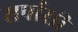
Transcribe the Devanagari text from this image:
सर्पासी